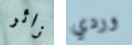
زائر وردي